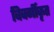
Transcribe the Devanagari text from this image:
विवर्गीकृत